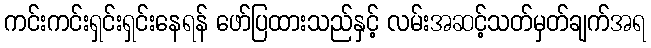
ကင်းကင်းရှင်းရှင်းနေရန် ဖော်ပြထားသည်နှင့် လမ်းအဆင့်သတ်မှတ်ချက်အရ